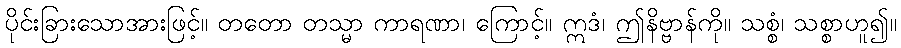
ပိုင်းခြားသောအားဖြင့်။ တတော တသ္မာ ကာရဏာ၊ ကြောင့်။ ဣဒံ၊ ဤနိဗ္ဗာန်ကို။ သစ္စံ၊ သစ္စာဟူ၍။